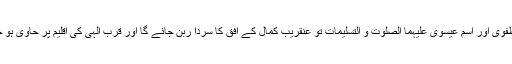
اسم مصطفوی اور اسم عیسوی علیہما الصلوٰت و التسلیمات تو عنقریب کمال کے افق کا سردا ربن جائے گا اور قربِ الٰہی کی اقلیم پر حاوی ہو جائے گا۔